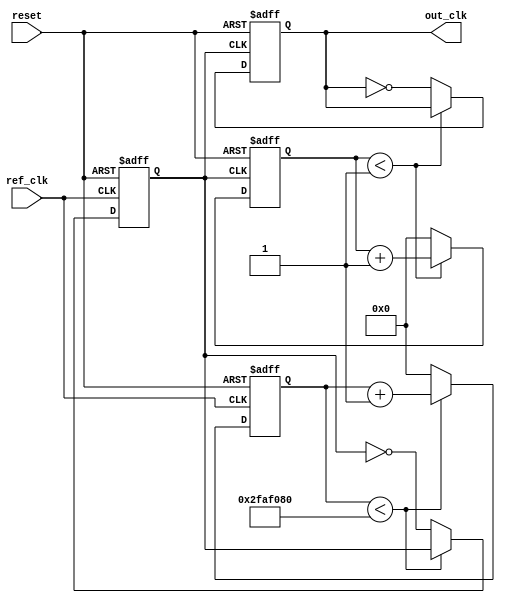
module parameterized_PLL #(
    parameter REFERENCE_FREQ = 50_000_000, // Reference clock frequency in Hz
    parameter OUTPUT_FREQ = 100_000_000,   // Desired output clock frequency in Hz
    parameter DIV_RATIO = OUTPUT_FREQ / REFERENCE_FREQ, // Feedback division ratio
    parameter LOOP_FILTER_GAIN = 1,         // Proportional gain for loop filter
    parameter VCO_SENSITIVITY = 1            // VCO sensitivity
)(
    input wire ref_clk,                       // Reference clock input
    input wire reset,                         // Reset signal
    output reg out_clk                        // Output clock
);

// Internal signals
reg [31:0] phase_error;                      // Phase error signal
reg [31:0] control_voltage;                  // Control voltage for VCO
reg [31:0] vco_counter;                     // VCO counter
reg [31:0] feedback_divider;                // Feedback divider counter
reg vco_clk;                                 // VCO output clock

// Phase Detector (PD) - Simple XOR based for demonstration
always @(posedge ref_clk or posedge reset) begin
    if (reset) begin
        phase_error <= 0;
    end else begin
        // Compare reference clock with feedback clock
        phase_error <= (ref_clk ^ vco_clk) ? 1 : 0; // Simple phase error calculation
    end
end

// Loop Filter (LF) - Simple proportional filter
always @(posedge ref_clk or posedge reset) begin
    if (reset) begin
        control_voltage <= 0;
    end else begin
        control_voltage <= control_voltage + (phase_error * LOOP_FILTER_GAIN);
    end
end

// Voltage-Controlled Oscillator (VCO)
always @(posedge ref_clk or posedge reset) begin
    if (reset) begin
        vco_counter <= 0;
        vco_clk <= 0;
    end else begin
        // Adjust frequency based on control voltage
        if (vco_counter < (REFERENCE_FREQ / VCO_SENSITIVITY)) begin
            vco_counter <= vco_counter + 1;
        end else begin
            vco_counter <= 0;
            vco_clk <= ~vco_clk; // Toggle VCO clock
        end
    end
end

// Feedback Divider
always @(posedge vco_clk or posedge reset) begin
    if (reset) begin
        feedback_divider <= 0;
        out_clk <= 0;
    end else begin
        if (feedback_divider < (DIV_RATIO - 1)) begin
            feedback_divider <= feedback_divider + 1;
        end else begin
            feedback_divider <= 0;
            out_clk <= ~out_clk; // Output clock generation
        end
    end
end

endmodule